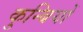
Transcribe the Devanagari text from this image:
कुन्बियों